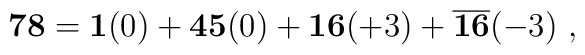
{\bf 78} = {\bf 1}(0) + {\bf 45}(0) + {\bf 16}(+3) + {\overline{\bf 16}}(-3)~,